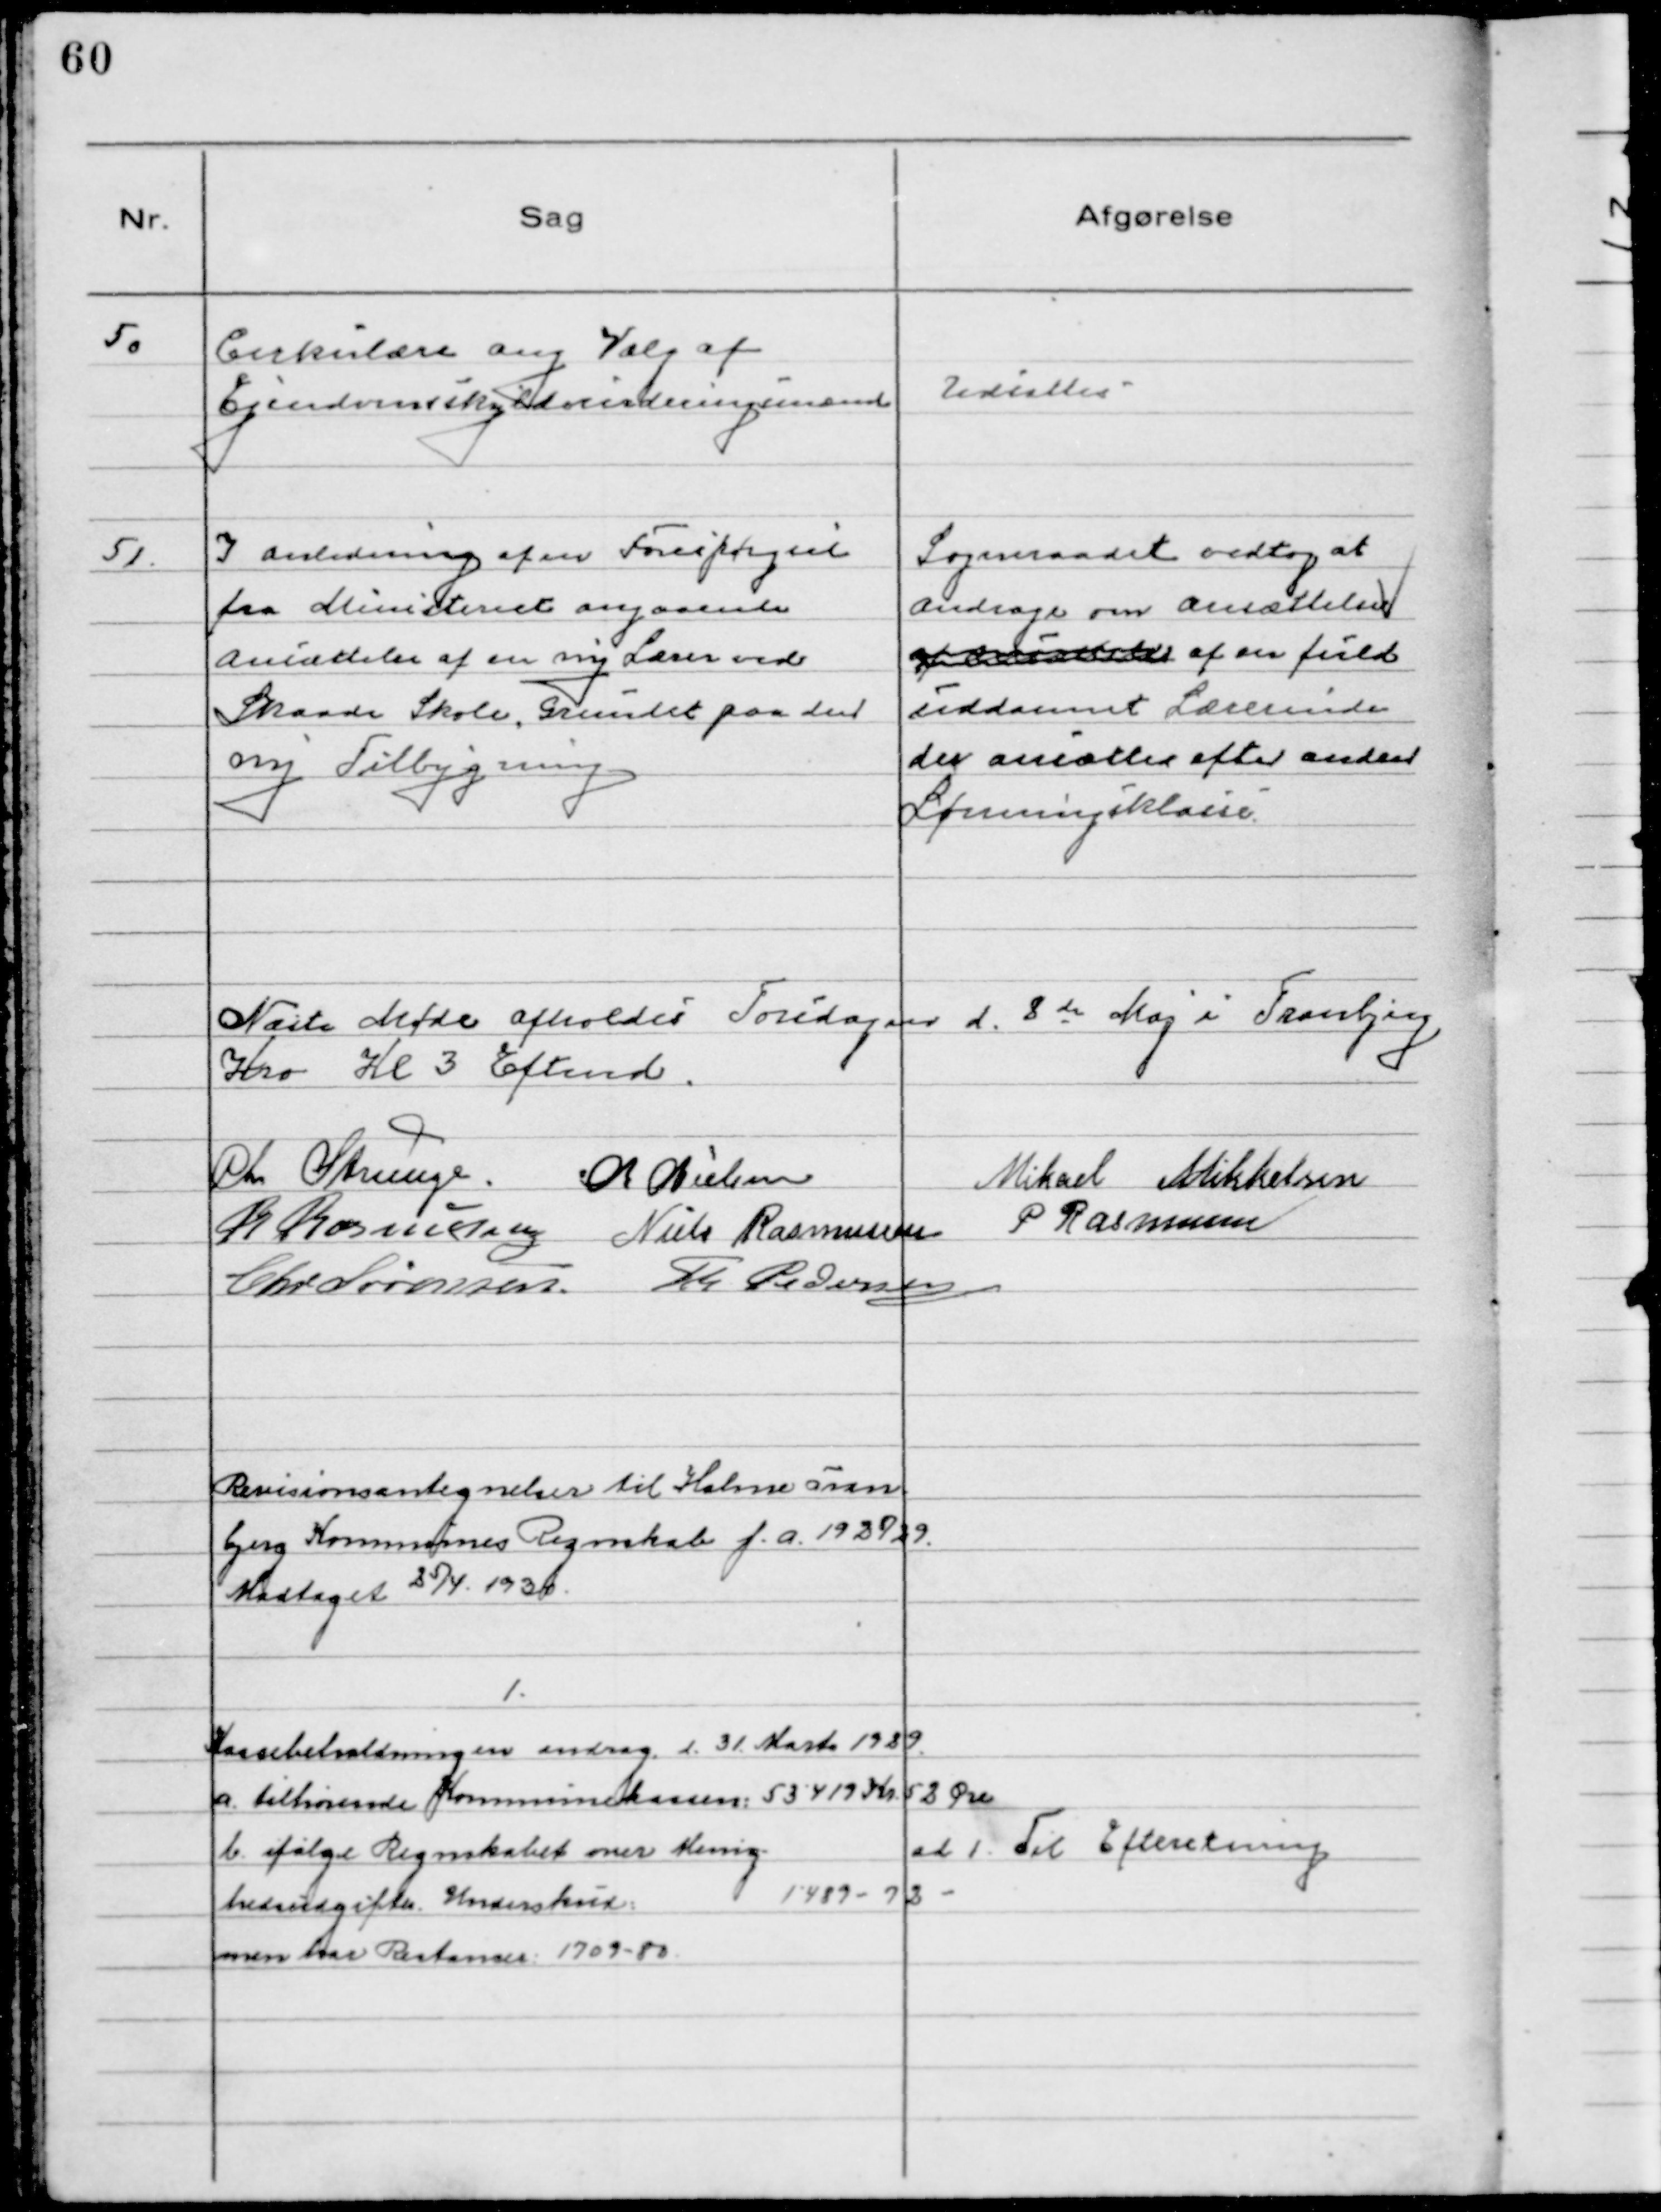
Transskription:
50 Cirkulære om Valg af
Ejendomsskyldvurderingsmand

Udsattes

51. I anledning af en Forespørgsel
fra Ministeriet angaaende
Ansættelse af en ny Lærer ved
Skaade Skole, Grundet paa den
ny Tilbygning

Sogneraadet vedtog at
Andrage om Ansættelse
af Ansættelse af en fuld
uddannet Lærerinde
der ansættes efter anden
Lønningsklasse

Næste Møde afholdes Torsdagen d. 8de Maj i Tranbjerg
Kro Kl 3 Eftermd.
Chr Strunge. Ch Nielsen Mikkel Mikkelsen
R Rasmussen Niels Rasmussen P Rasmussen
Chr Sørensen. Th Pedersen

Revisionsantegnelser til Holme Tran
bjerg Kommunes Regnskab f.a. 1928/29.
Modtaget 25/4 1930.

1.
Kassebeholdningen androg d. 31. Marts 1929.
a. tilhørende Kommunekassen: 53419 Kr 52 Øre
b. ifølge Regnskabet over Menig-
hedsudgifter. Underskud: 1489 - 72 -
men har Restancer: 1709- 80

ad 1. Til Efteretning